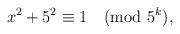
LaTeX: \begin{align*} x^2+5^2\equiv 1 \pmod{5^k}, \end{align*}